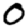
Digit: 0